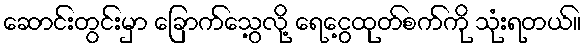
ဆောင်းတွင်းမှာ ခြောက်သွေ့လို့ ရေငွေ့ထုတ်စက်ကို သုံးရတယ်။